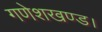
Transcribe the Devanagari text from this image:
गणेशखण्ड।